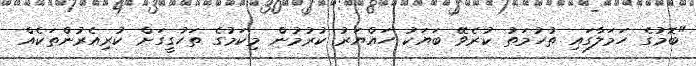
"ބޮމުގެ ހަމަލާގައި ތުހުމަތު ކުރެވޭ ބަޔަކު ހައްޔަރު ކުރުމުން މިކަމުގެ ތަހުގީގަށް ކުރިއެރުންތަކެއް